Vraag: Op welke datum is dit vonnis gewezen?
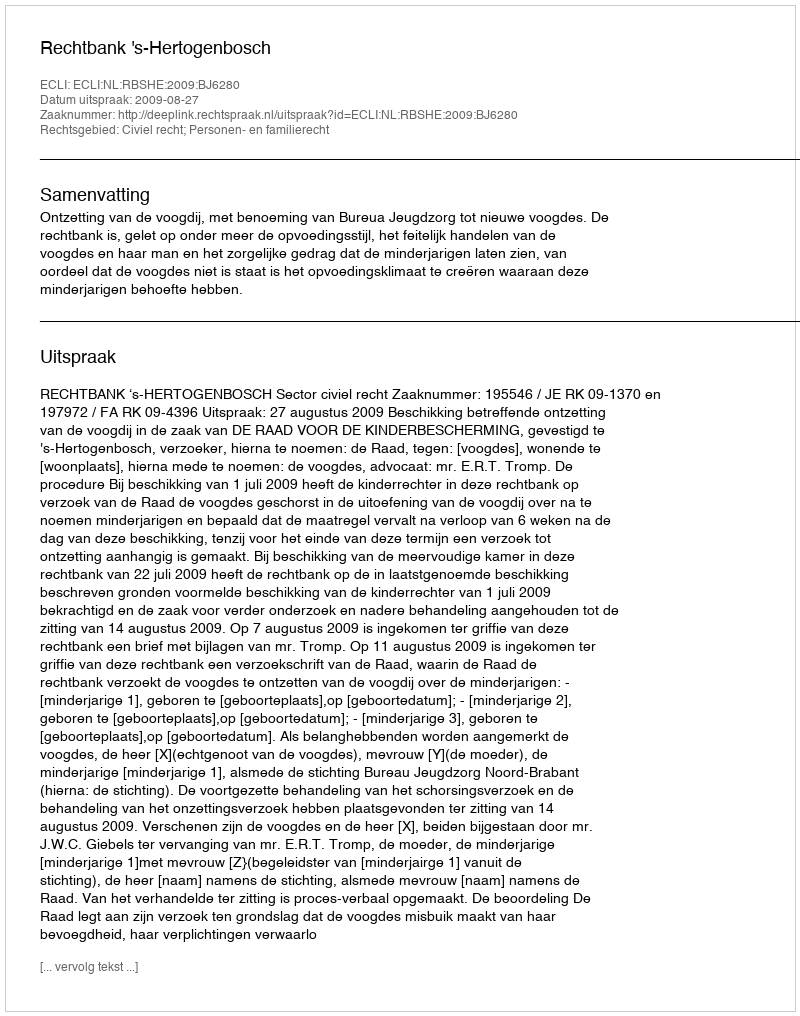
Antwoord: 2009-08-27